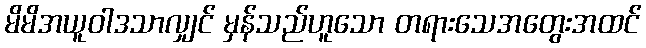
မိမိအယူဝါဒသာလျှင် မှန်သည်ဟူသော တရားသေအတွေးအထင်